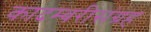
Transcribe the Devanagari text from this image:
कादम्बरीसंग्रह